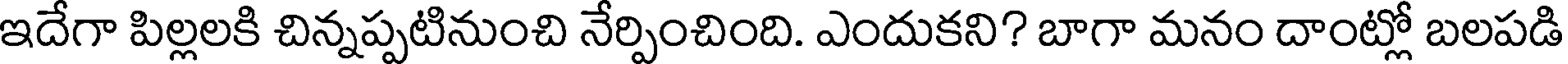
ఇదేగా పిల్లలకి చిన్నప్పటినుంచి నేర్పించింది. ఎందుకని? బాగా మనం దాంట్లో బలపడి